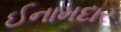
ઈનામદાર